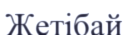
Жетібай